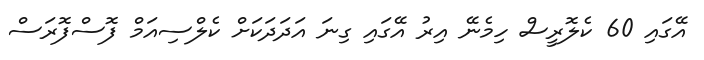
އޭގައި 60 ކެލޮރީސް ހިމެނޭ އިރު އޭގައި ގިނަ އަދަދަކަށް ކެލްސިއަމް ފޮސްފޮރަސް